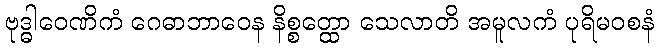
ဗုဒ္ဓါဝေဏိကံ ဂေဓာဘာဝေန နိစ္စတ္ထော သေလာတိ အမူလကံ ပုရိမဝစနံ